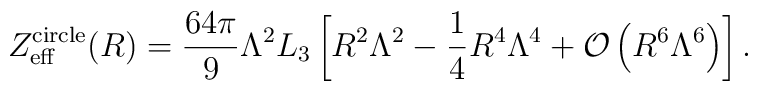
Z_{\rm eff}^{\rm circle}(R)=\frac{64\pi}{9}\Lambda^2L_3\left[  R^2\Lambda^2-\frac{1}{4}R^4\Lambda^4  +{\cal O}\left(R^6\Lambda^6\right)\right].